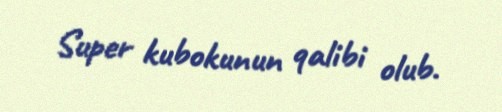
Super kubokunun qalibi olub.